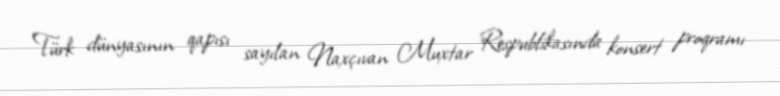
Türk dünyasının qapısı sayılan Naxçıvan Muxtar Respublikasında konsert proqramı